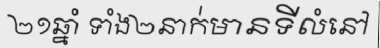
២១ឆ្នាំ ទាំង២នាក់មានទីលំនៅ